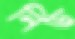
নিড